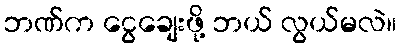
ဘဏ်က ငွေချေးဖို့ ဘယ် လွယ်မလဲ။